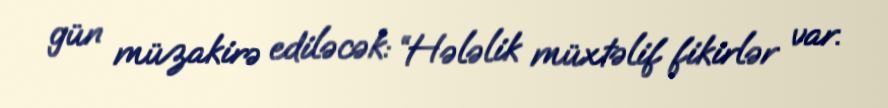
gün müzakirə ediləcək: “Hələlik müxtəlif fikirlər var.